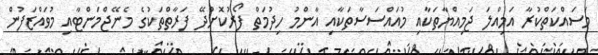
މަސައްކަތްކުރާ އަމިއްލަ ޖަމިއްޔާތަކާއި މުއައްސަސާތަކާއި އާންމު ހިދުމަތް ފޯރުކޮށްދޭ ފަރާތްތަކުގެ މެނޭޖްމަންޓާއި މުވައްޒަފުން